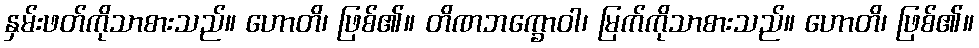
နှမ်းဖတ်ကိုသာစားသည်။ ဟောတိ၊ ဖြစ်၏။ တိဏဘက္ခောဝါ၊ မြက်ကိုသာစားသည်။ ဟောတိ၊ ဖြစ်၏။